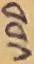
Text: VDD